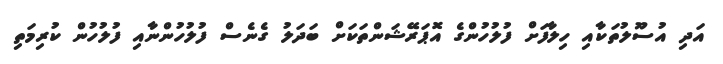
އަދި އުސޫލުތަކާއި ހިލާފަށް ފުލުހުންގެ އޮޕަރޭޝަންތަކަށް ބަދަލު ގެނެސް ފުލުހުންނާއި ފުލުހުން ކުރިމަތި